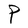
Character: P